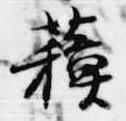
蘓